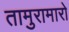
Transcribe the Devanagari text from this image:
तामुरामारो